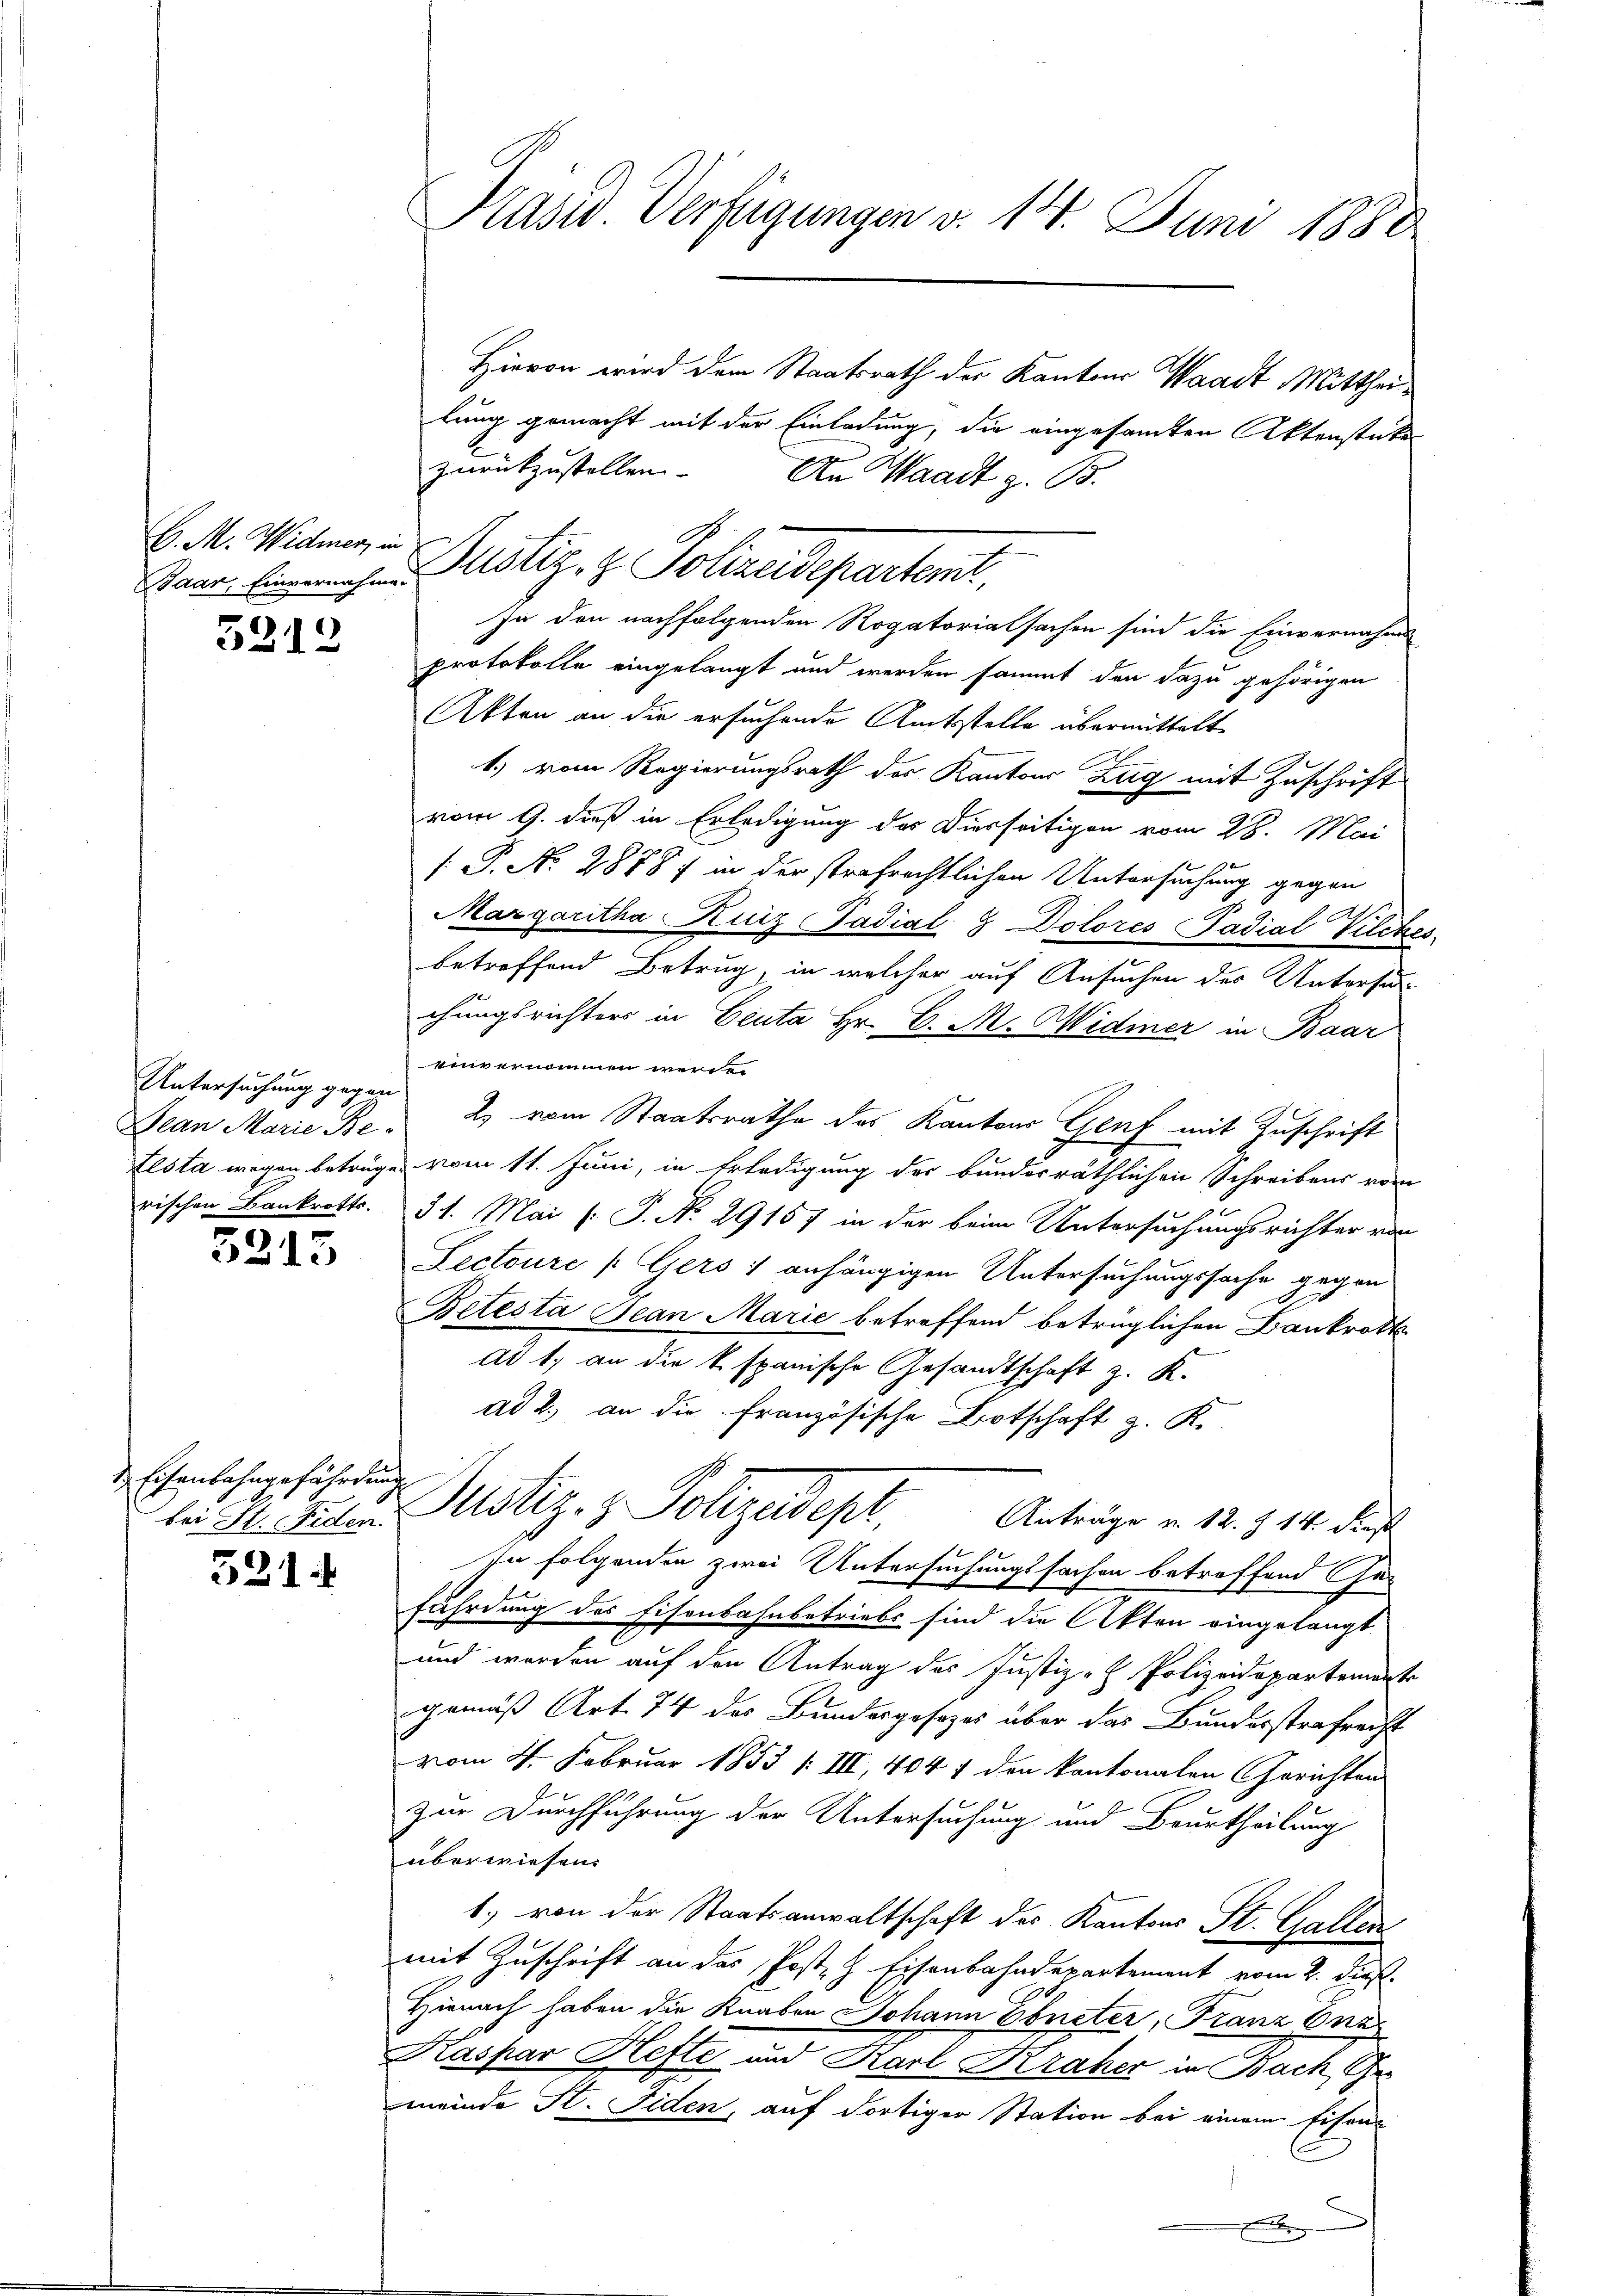
D. M. Widmer, in

5212

Untersuchung gegen

5215

Eisenbahngefährdung

521.

Präsid. Verfügungen v. 14. Juni 1880

San lichen Motiz & Polizeidepartemt,

Hievon wird dem Staatsrath der Kantons Waadt Mittheilung gemacht mit der Einladung, die eingesamten Aktenstate
zurückzustellen.
An Waadt z. B.
In den nachfolgenden Rogatorialsachen sind die Einvernahms
protokolle eingelangt und werden sammt den dazu gehörigen
Akten an die ersuchende Amtsstelle übermittelt
1.) vom Regierungsrath des Kantons Zug mit Zuschrift
vom 9. dieß in Erledigung des Diesseitigen vom 28. Mai
[.P. N. 2878 / in der strafrechtlichen Untersuchung gegen
Margaritha Kuiz Padial, 8 Dolores Padial-Vilches
betreffend Betrug, in welcher auf Ansuchen des Untersun
chungsrichters in Deuta Hr. C. M. Widmer in Baar
einvernommen werde
Dean Marie Be- 2) vom Staatsrathe des Kantons Genf mit Zuschrift
Elsta wegen beträge vom 11. Juni, in Erledigung der bundesräthlichen Schreibens vom
rischen Bankrotts. 31. Mai (: P. No. 29157 in der beim Untersuchungsrichter von
Lectoure /: Gers & anhängigen Untersuchungssache gegen
Betesta Jean Marie betreffend betrüglichen Bankrott
Ad 1, an die k. spanische Gesandtschaft z. K.
ad 2., an die französische Botschaft z. K.
lai d. d. Mstiz- & Polizeidept,
Anträge v. 12. Z. 14. dies
In folgenden zwei Untersuchungssachen betreffend Ge-
fährdung des Eisenbahnbetriebe sind die Akten eingelangt
und worden auf den Antrag des Justiz- & Polizeidepartemente
gemäß Art. 74 des Bundesgesezes über das Bundesstrafrecht
vom 4. Februar 1853 /: III, 404 f den kantonalen Gerichten
zur Durchführung der Untersuchung und Beurtheilung
überwiesen.
1., von der Staatsanwaltschaft des Kantons St. Gallen
mit Zuschrift an das Post. H. Eisenbahndepartement vom 2. dieß.
Hienach haben die Knaben Johann Ebneter, Franz Ona¬
Kaspar Hefte und Karl Kraher in Bach Gr
meinde St. Fiden, auf dortiger Station bei einem Eisen-
.